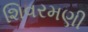
શિવરમણી